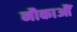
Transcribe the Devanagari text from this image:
नौकाआैं